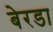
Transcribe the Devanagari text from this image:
बेरडा